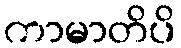
ကာမာတိပိ